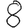
Digit: 8